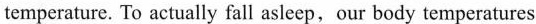
temperature. To actually fall asleep,our body temperatures